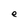
Character: e